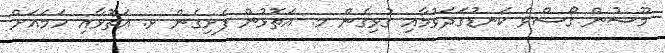
މޫސުން ގޯސްވެ ކަނޑުގަދަވުމާއި ގުޅިގެން މ. އަތޮޅުން ފެށިގެން ޅ. އަތޮޅާއި ހަމައަށް